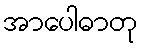
အာပေါဓာတု